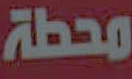
محطة